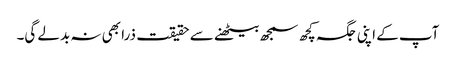
آپ کے اپنی جگہ کچھ سمجھ بیٹھنے سے حقیقت ذرا بھی نہ بدلے گی۔